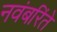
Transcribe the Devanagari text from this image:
नवंबरिंते